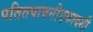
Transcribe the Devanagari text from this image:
पतितपावनीएकादशी